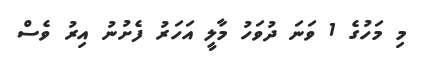
މި މަހުގެ 1 ވަނަ ދުވަހު މާލީ އަހަރު ފެށުނު އިރު ވެސް